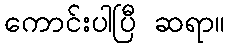
ကောင်းပါပြီ ဆရာ။